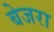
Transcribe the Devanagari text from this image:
बेजरा